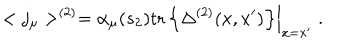
< j _ { \mu } > ^ { ( 2 ) } = \alpha _ { \mu } ( s _ { 2 } ) \left. \mathrm { t r } \left\{ \Delta ^ { ( 2 ) } ( x , x ^ { \prime } ) \right\} \right| _ { x = x ^ { \prime } } \; .